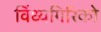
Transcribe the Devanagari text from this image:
विंध्यगिरिको